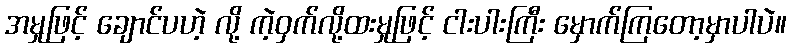
အမှုဖြင့် ချောင်ပဟဲ့ လို့ ကဲ့ဝှက်လို့ထးမှုဖြင့် ငါးပါးကြီး မှောက်ကြတော့မှာပါပဲ။